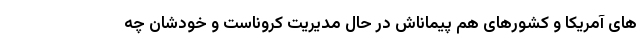
های آمریکا و کشورهای هم پیماناش در حال مدیریت کروناست و خودشان چه